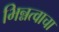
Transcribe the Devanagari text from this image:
भिन्नत्वाचा